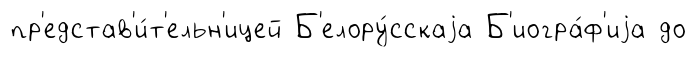
пр'едстав'и́т'ельн'ицей Б'елору́сскаjа Б'иогра́ф'иjа до